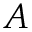
A